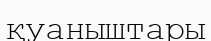
қуаныштары